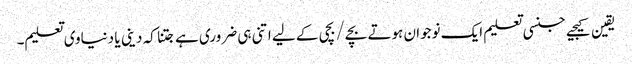
یقین کیجیے جنسی تعلیم ایک نوجوان ہوتے بچے/بچی کے لیے اتنی ہی ضروری ہے جتنا کہ دینی یا دنیاوی تعلیم۔